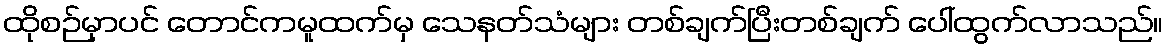
ထိုစဉ်မှာပင် တောင်ကမူထက်မှ သေနတ်သံများ တစ်ချက်ပြီးတစ်ချက် ပေါ်ထွက်လာသည်။